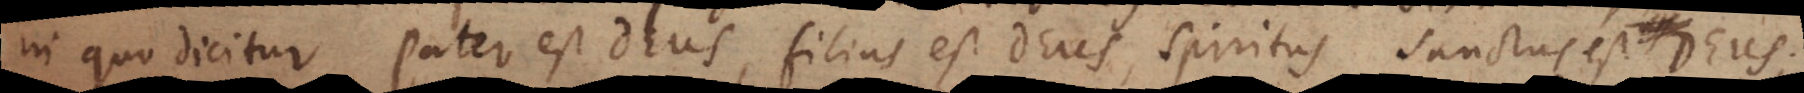
in quo dicitur Pater est Deus, filius est Deus, Spiritus Sanctus est Deus;